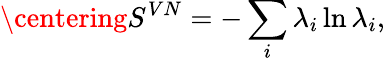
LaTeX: \centering S^{VN}=-\sum_{i}\lambda_{i}\ln\lambda_{i},